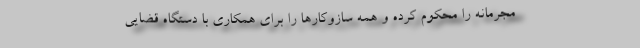
مجرمانه را محکوم کرده و همه سازوکارها را برای همکاری با دستگاه قضایی